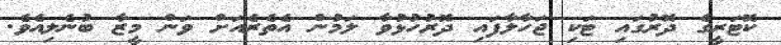
ކޮޓަރީގެ ދޮރުގައި ޓަކި ޖަހާލާފައި ދޮރުހުޅުވާ ލަމުން އެތެރެއަށް ވަން މީޒާ ބުނެލިއެވެ.